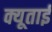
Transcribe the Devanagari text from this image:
क्यूताई